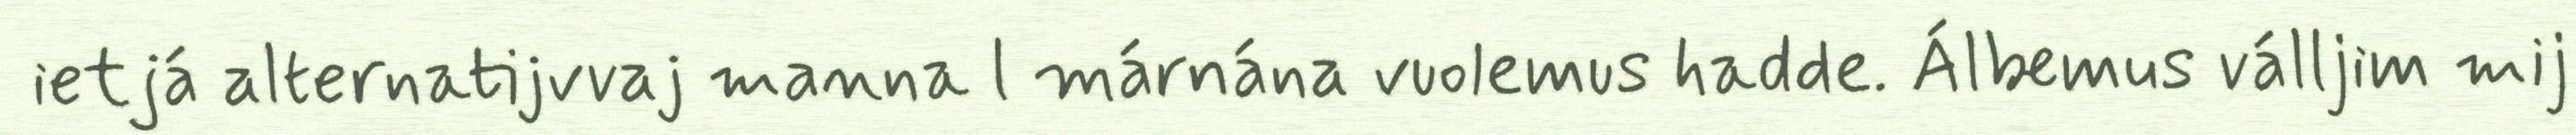
ietjá alternatijvvaj manna l márnána vuolemus hadde. Álbemus válljim mij